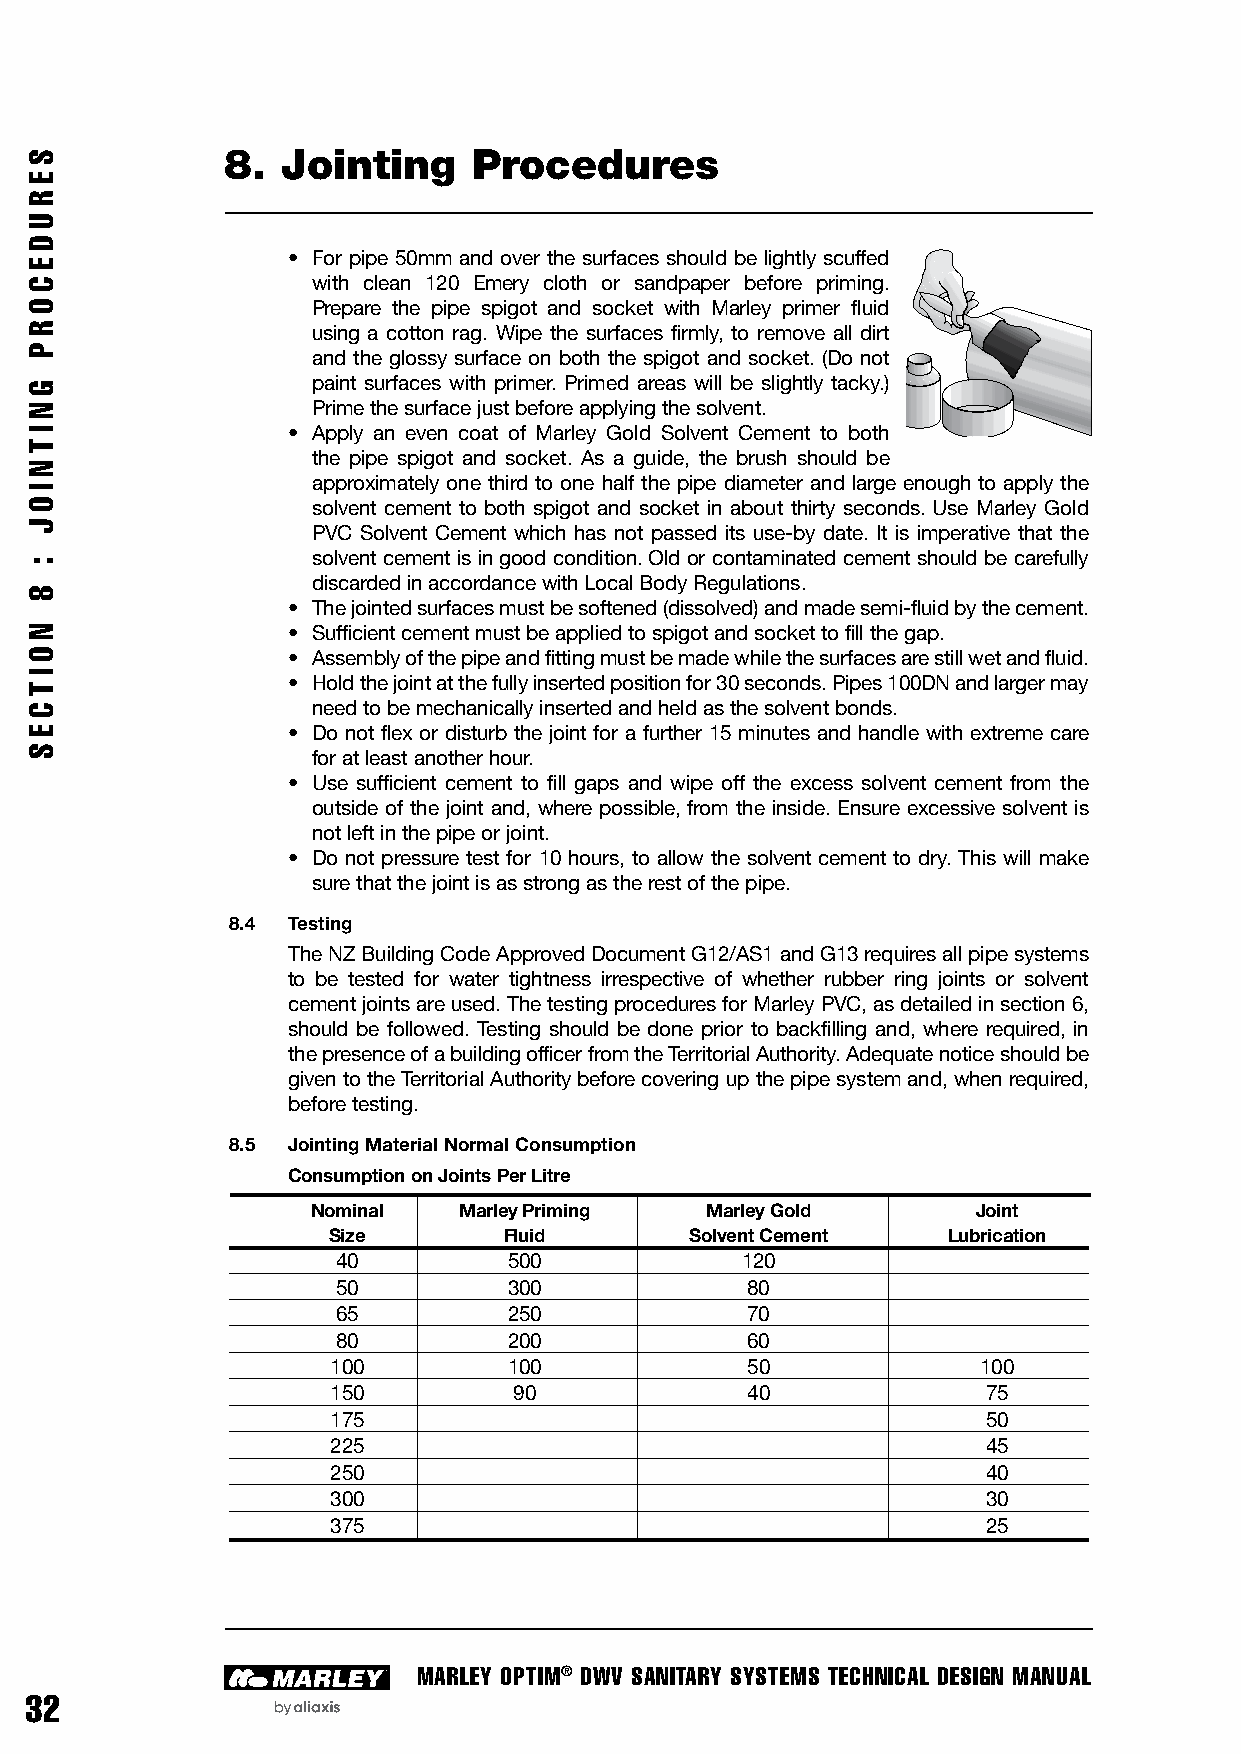
8.  Jointing    Procedures
 • For pipe 50mm and over the surfaces should be lightly scuffed
 with clean 120 Emery cloth or sandpaper before priming.
 Prepare the pipe spigot and socket with Marley primer fluid
 using a cotton rag. Wipe the surfaces firmly, to remove all dirt
 and the glossy surface on both the spigot and socket. (Do not
 paint surfaces with primer. Primed areas will be slightly tacky.)
 Prime the surface just before applying the solvent.
 • Apply an even coat of Marley Gold Solvent Cement to both
 the pipe spigot and socket. As a guide, the brush should be
 approximately one third to one half the pipe diameter and large enough to apply the
 solvent cement to both spigot and socket in about thirty seconds. Use Marley Gold
 PVC Solvent Cement which has not passed its use-by date. It is imperative that the
 solvent cement is in good condition. Old or contaminated cement should be carefully
 discarded in accordance with Local Body Regulations.
 • The jointed surfaces must be softened (dissolved) and made semi-fluid by the cement.
 • Sufficient cement must be applied to spigot and socket to fill the gap.
 • Assembly of the pipe and fitting must be made while the surfaces are still wet and fluid.
 • Hold the joint at the fully inserted position for 30 seconds. Pipes 100DN and larger may
 need to be mechanically inserted and held as the solvent bonds.
 • Do not flex or disturb the joint for a further 15 minutes and handle with extreme care
 for at least another hour.
 • Use sufficient cement to fill gaps and wipe off the excess solvent cement from the
 outside of the joint and, where possible, from the inside. Ensure excessive solvent is
 not left in the pipe or joint.
 • Do not pressure test for 10 hours, to allow the solvent cement to dry. This will make
 sure that the joint is as strong as the rest of the pipe.
 8.4 Testing
 The NZ Building Code Approved Document G12/AS1 and G13 requires all pipe systems
 to be tested for water tightness irrespective of whether rubber ring joints or solvent
 cement joints are used. The testing procedures for Marley PVC, as detailed in section 6,
 should be followed. Testing should be done prior to backfilling and, where required, in
 the presence of a building officer from the Territorial Authority. Adequate notice should be
 given to the Territorial Authority before covering up the pipe system and, when required,
 before testing.
 8.5 Jointing Material Normal Consumption
 Consumption on Joints Per Litre
 Nominal  Marley Priming   Marley Gold       Joint
 Size       Fluid        Solvent Cement   Lubrication
 40          500            120
 50          300            80
 65          250            70
 80          200            60
 100         100            50              100
 150         90             40              75
 175                                        50
 225                                        45
 250                                        40
 300                                        30
 375                                        25
 MARLEY OPTIM® DWV SANITARY SYSTEMS TECHNICAL DESIGN MANUAL
 32
 S
 E
 R
 U
 D
 E
 C
 O
 R
 P
 G
 N
 I
 T
 N
 I
 O
 J
 :
 8
 N
 O
 I
 T
 C
 E
 S